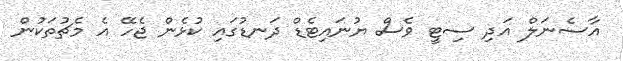
އާސެނަލް އަދި ސިޓީ ވެސް ޔުނައިޓެޑް ދަނޑުގައި ކުޅެން ޖެހޭ އެ މެޗުތަކުން